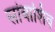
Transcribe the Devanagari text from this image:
सांबाशिव